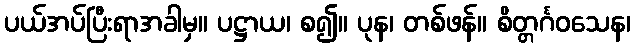
ပယ်အပ်ပြီးရာအခါမှ။ ပဋ္ဌာယ၊ စ၍။ ပုန၊ တစ်ဖန်။ စိတ္တင်္ဂဝသေန၊